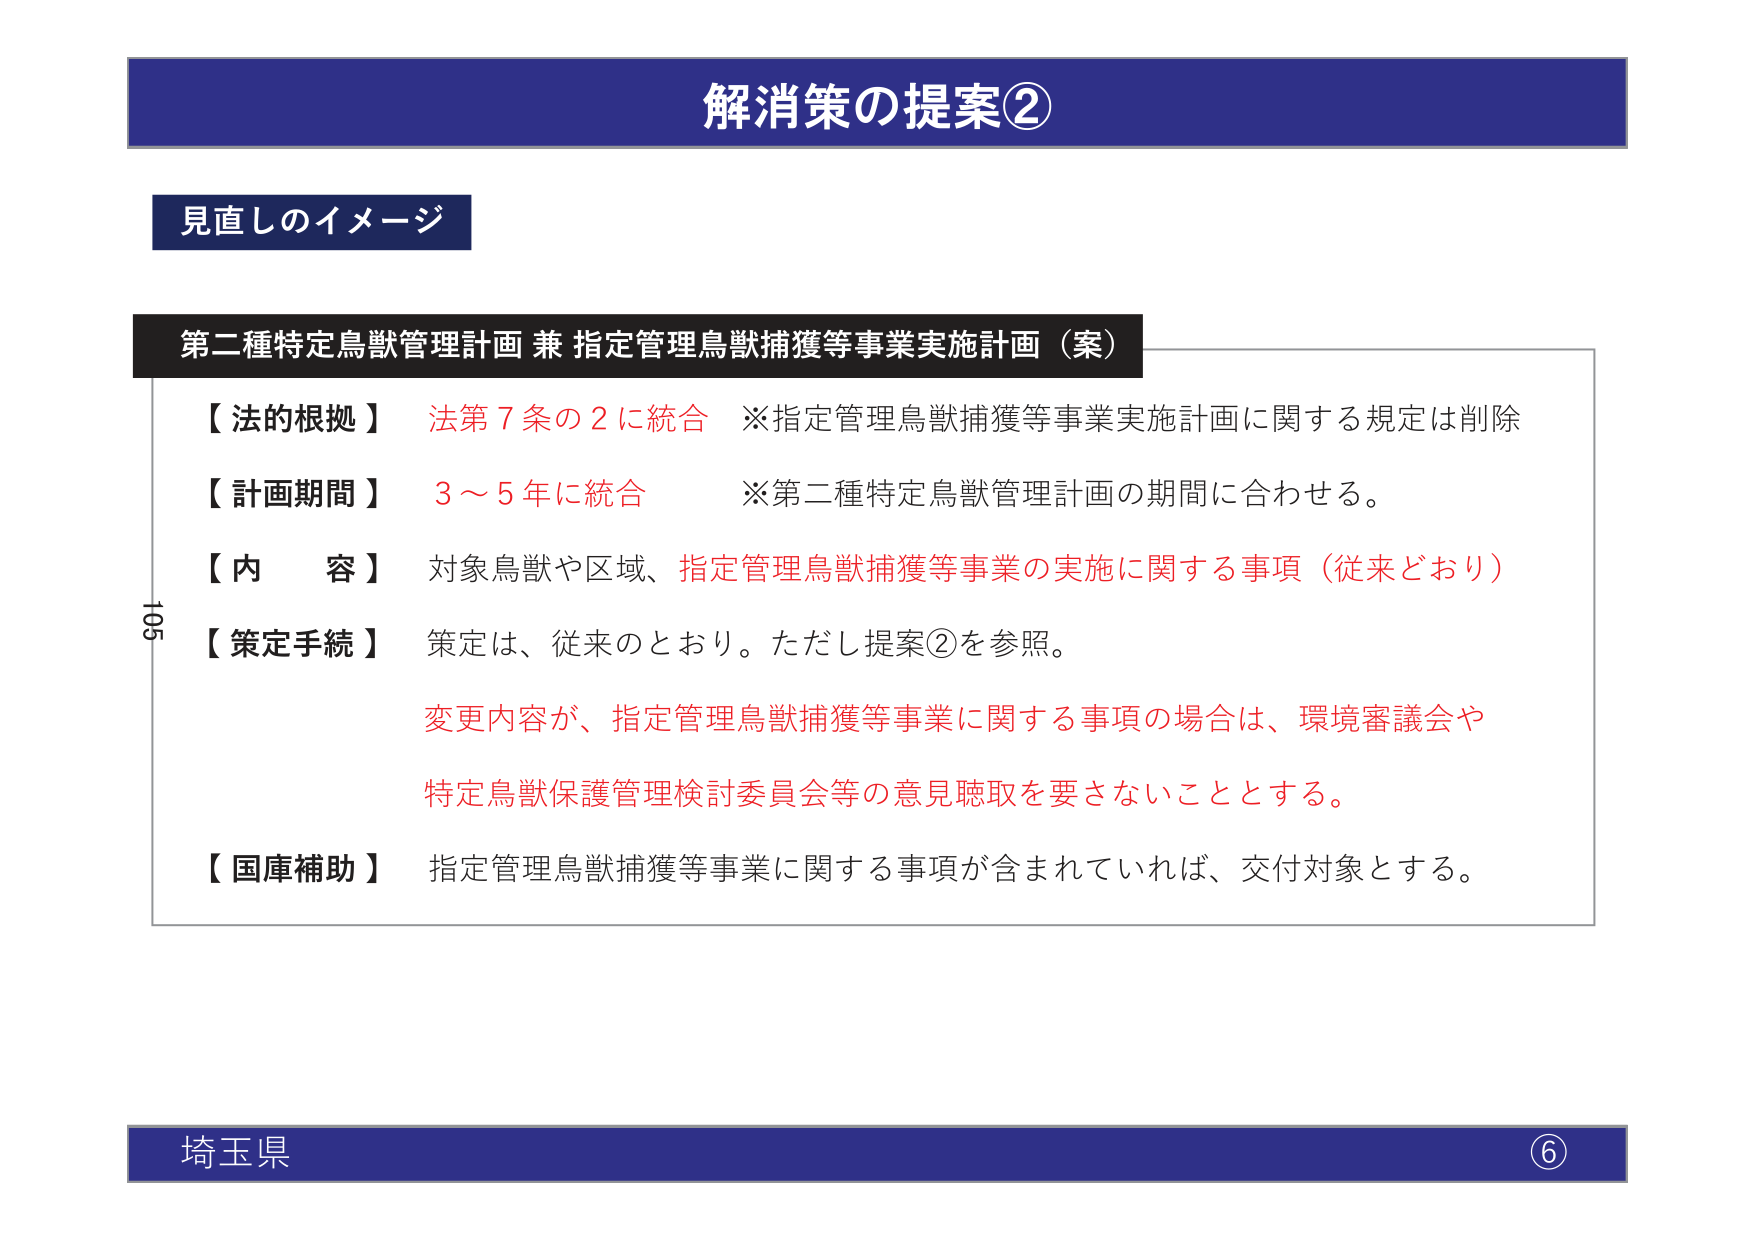
解消策の提案②

見直しのイメージ

第二種特定鳥獣管理計画 兼 指定管理鳥獣捕獲等事業実施計画（案）

【法的根拠】 法第7条の2に統合 ※指定管理鳥獣捕獲等事業実施計画に関する規定は削除

【計画期間】 3～5年に統合 ※第二種特定鳥獣管理計画の期間に合わせる。

【内 容】 対象鳥獣や区域、指定管理鳥獣捕獲等事業の実施に関する事項（従来どおり）

【策定手続】 策定は、従来のとおり。ただし提案②を参照。

変更内容が、指定管理鳥獣捕獲等事業に関する事項の場合は、環境審議会や
特定鳥獣保護管理検討委員会等の意見聴取を要さないこととする。

【国庫補助】 指定管理鳥獣捕獲等事業に関する事項が含まれていれば、交付対象とする。

埼玉県 ⑥